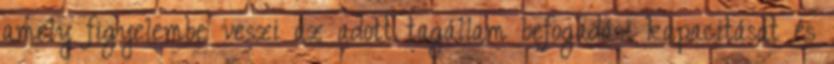
amely figyelembe veszi az adott tagállam befogadási kapacitását és